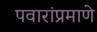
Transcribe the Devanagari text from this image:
पवारांप्रमाणे